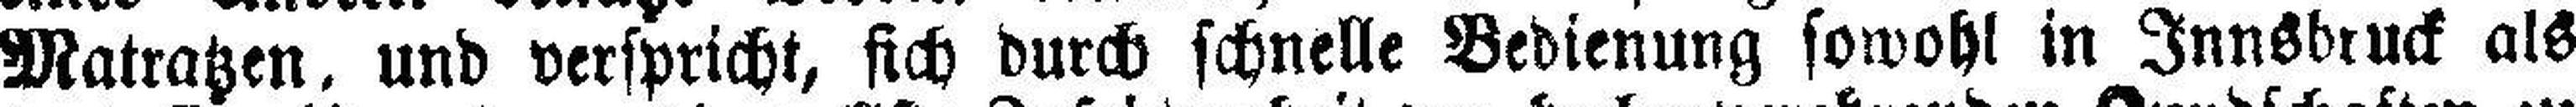
Matratzen, und verspricht, sich durch schnelle Bedienung sowohl in Innsbruck als